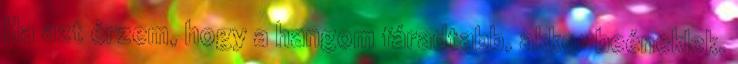
Ha azt érzem, hogy a hangom fáradtabb, akkor beéneklek.